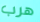
هرب